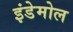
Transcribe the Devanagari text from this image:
इंडेमोल